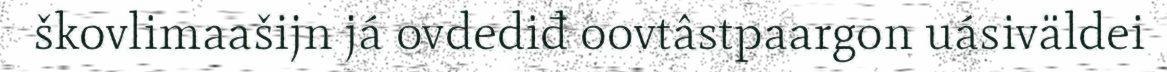
škovlimaašijn já ovdediđ oovtâstpaargon uásiväldei